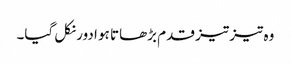
وہ تیز تیز قدم بڑھاتا ہو ادور نکل گیا۔